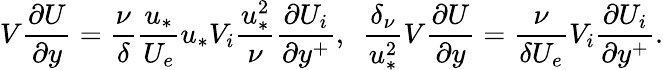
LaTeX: V\frac{\partial U}{\partial y}=\frac{\nu}{\delta}\frac{u_{*}}{U_{e}}u_{*}V_{i}\frac{u_{*}^{2}}{\nu}\frac{\partial U_{i}}{\partial y^{+}},\ \ \frac{\delta_{\nu}}{u_{*}^{2}}V\frac{\partial U}{\partial y}=\frac{\nu}{\delta U_{e}}V_{i}\frac{\partial U_{i}}{\partial y^{+}}.